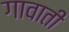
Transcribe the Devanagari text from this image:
गावाती